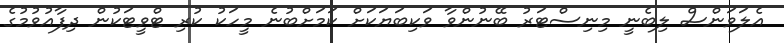
އެލަވަންސް ލިބެނީ މިނިސްޓަރު ބޭނުންވާ ވަކިބަޔަކަށް ކަމަށްބުނެ މީހަކު ކުރި ޓްވީޓަކުން ދިފާއުވުމުގެ